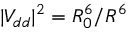
| V _ { d d } | ^ { 2 } = R _ { 0 } ^ { 6 } / R ^ { 6 }